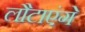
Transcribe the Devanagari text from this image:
लौटाएंगे